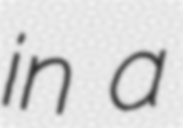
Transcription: in a